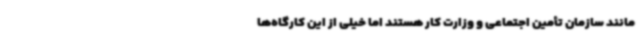
مانند سازمان تأمین اجتماعی و وزارت کار هستند اما خیلی از این کارگاه‌ها